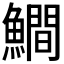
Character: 𩻾